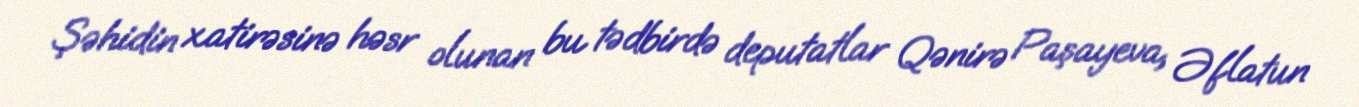
Şəhidin xatirəsinə həsr olunan bu tədbirdə deputatlar Qənirə Paşayeva, Əflatun